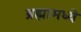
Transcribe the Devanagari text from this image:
ब्रह्मामध्ये